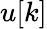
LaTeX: u[k]